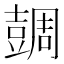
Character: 𧯼